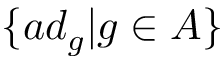
\{ a d _ { g } | g \in A \}